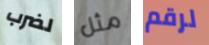
لضرب مثل لرقم